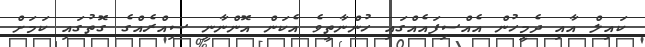
ކައިލް އާއި ދެމީހުން އެއްސިފައެއްގައި ހުންނާތީވެ އެކަން އޮންނާނީ ސިއްރެއްގެ ގޮތުގައި ކަމަށް